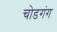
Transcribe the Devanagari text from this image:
चोडगंग